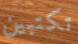
تكتبين